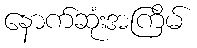
နောက်ဆုံးအကြိမ်